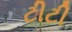
ટીટી